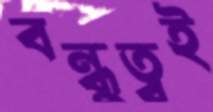
বন্ধুত্বই